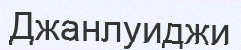
Джанлуиджи